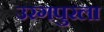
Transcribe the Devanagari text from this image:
उरगपुरला